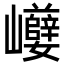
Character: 巕